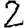
Digit: 2